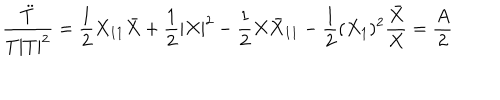
\frac { \ddot { T } } { T | T | ^ { 2 } } = \frac { 1 } { 2 } X _ { 1 1 } \bar { X } + \frac { 1 } { 2 } | X | ^ { 2 } - \frac { 1 } { 2 } X { \bar { X } } _ { 1 1 } - \frac { 1 } { 2 } ( X _ { 1 } ) ^ { 2 } \frac { \bar { X } } { X } = \frac { A } { 2 }